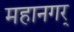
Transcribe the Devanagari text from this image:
महानगर्